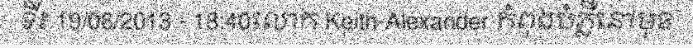
ទី៖ 19/06/2013 - 18:40លោក Keith-Alexander កំពុងបំភ្លឺនៅមុខ